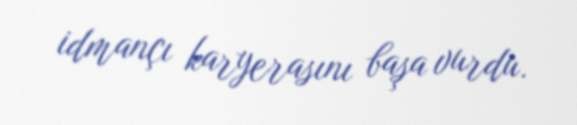
idmançı karyerasını başa vurdu.